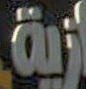
زية